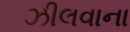
ઝીલવાના